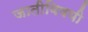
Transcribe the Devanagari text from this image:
जातीविषयी